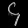
Digit: ၄